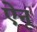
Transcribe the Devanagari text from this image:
ऐनू